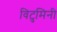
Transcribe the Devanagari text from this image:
विटुमिनी